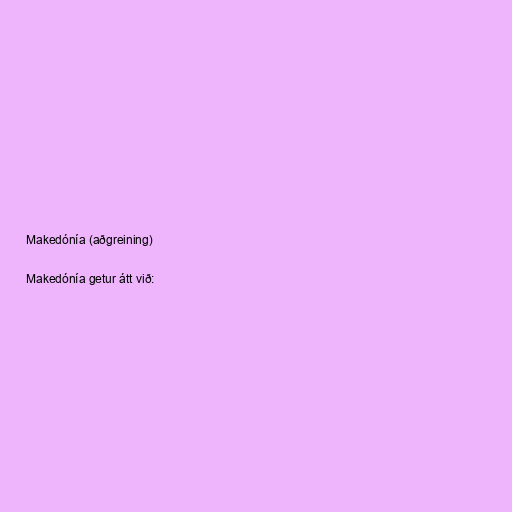
Makedónía (aðgreining)

Makedónía getur átt við: